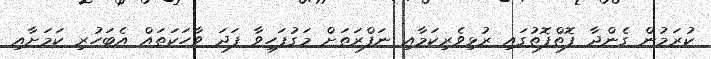
ކުރަމުން ގެންދާ ފޮތްފޮތުގައި ރުޅިވެރިކަމާއި ނަފްރަތަށް މަގުފަހިވާ ފަދަ ވާހަކަތައް އެބަހުރި ކަމަށާއި